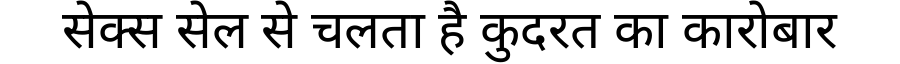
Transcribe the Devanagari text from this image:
सेक्स सेल से चलता है कुदरत का कारोबार